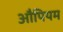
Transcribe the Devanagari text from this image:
औपियम